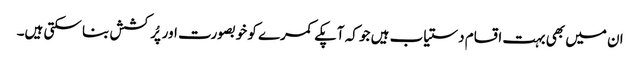
ان میں بھی بہت اقسام دستیاب ہیں جو کہ آپکے کمرے کو خوبصورت اور پُرکشش بنا سکتی ہیں۔